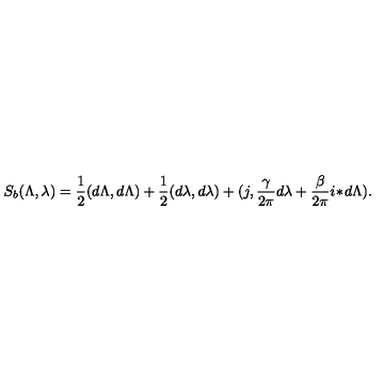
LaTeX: S _ { b } ( \Lambda , \lambda ) = { \frac { 1 } { 2 } } ( d \Lambda , d \Lambda ) + { \frac { 1 } { 2 } } ( d \lambda , d \lambda ) + ( j , { \frac { \gamma } { 2 \pi } } d \lambda + { \frac { \beta } { 2 \pi } } i \! \ast \! d \Lambda ) .